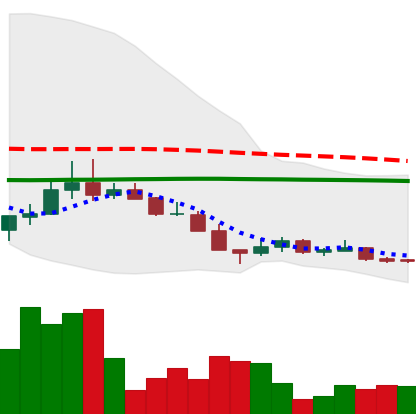
Ticker: LINK-USD
Chart end date: 2018-12-15
Forward return: 66.459%
Label: up_7plus